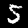
Label: 5